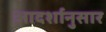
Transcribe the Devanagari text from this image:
आदर्शानुसार